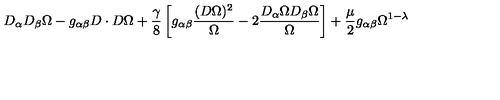
D _ { \alpha } D _ { \beta } \Omega - g _ { \alpha \beta } D \cdot D \Omega + \frac { \gamma } { 8 } \left[ g _ { \alpha \beta } \frac { ( D \Omega ) ^ { 2 } } { \Omega } - 2 \frac { D _ { \alpha } \Omega D _ { \beta } \Omega } { \Omega } \right] + \frac { \mu } { 2 } g _ { \alpha \beta } \Omega ^ { 1 - \lambda }